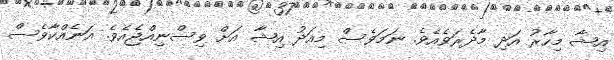
އިޝާ މިހާރު އަދި މާދެރަވެއެވެ. ނަމަވެސް މިއަދު އިޝާ އަށް ވިސްނިއްޖެއެވެ. އަނެއްކާވެސް